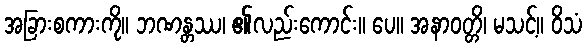
အခြားစကားကို။ ဘဏန္တဿ၊ ၏လည်းကောင်း။ ပေ။ အနာဝတ္တိ၊ မသင့်။ ဝိသံ